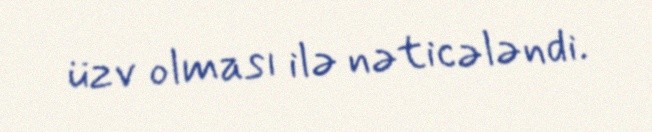
üzv olması ilə nəticələndi.